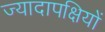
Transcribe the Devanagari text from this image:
ज्यादापक्षियों